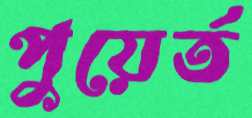
পুয়ের্ত